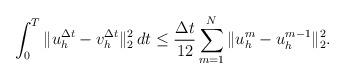
LaTeX: \begin{align*} \int_0^T\|u^{\Delta t}_{h}-v^{\Delta t}_{h}\|_2^2\,dt\leq \frac{\Delta t}{12}\sum_{m=1}^N\|u_h^m-u_h^{m-1}\|_{2}^2. \end{align*}